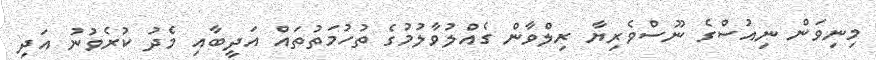
މިނިވަން ނިއުސްގެ ނޫސްވެރިޔާ ރިލްވާން ގެއްލުވާލުމުގެ ތުހުމަތުތައް އަދީބާއި މެދު ކުރެވުނު އަދި